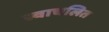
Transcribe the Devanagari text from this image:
स्वाचलित